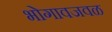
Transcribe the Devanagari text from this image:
भोगावजवळ